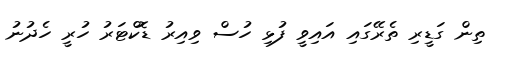
ތިން ގަޑީރި ތެރޭގައި އައިވީ ފުޅި ހުސް ވިއިރު ޑޮކްޓަރު ހުރީ ހެދުނު